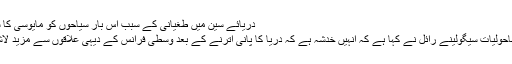
دریائے سین میں طغیانی کے سبب اس بار سیاحوں کو مایوسی کا سامنا کرنا پڑا ہے
فرانس کی وزیر ماحولیات سیگولینے رائل نے کہا ہے کہ انہیں خدشہ ہے کہ دریا کا پانی اترنے کے بعد وسطی فرانس کے دیہی علاقوں سے مزید لاشیں برآمد ہوں گی۔